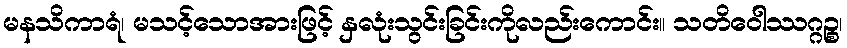
မနသိကာရံ၊ မသင့်သောအားဖြင့် နှလုံးသွင်းခြင်းကိုလည်းကောင်း။ သတိဝေါဿဂ္ဂဉ္စ၊